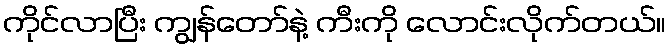
ကိုင်လာပြီး ကျွန်တော်နဲ့ ကီးကို လောင်းလိုက်တယ်။